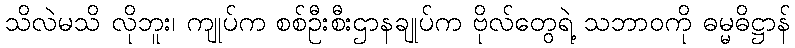
သိလဲမသိ လိုဘူး၊ ကျုပ်က စစ်ဦးစီးဌာနချုပ်က ဗိုလ်တွေရဲ့ သဘာဝကို ဓမ္မဓိဋ္ဌာန်